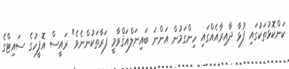
ކަންކޮޅުތަކުގައި ފުޅާ ދާއިރާއެއްގައި ހިންގަމުން އަންނަ ބައިނަލްއަޤްވާމީ ފަރާތަކުންނެވެ" ރައީސް އޮފީހުގެ ސައިޓްގެ